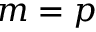
m = p